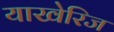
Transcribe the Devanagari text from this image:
याखेरिज